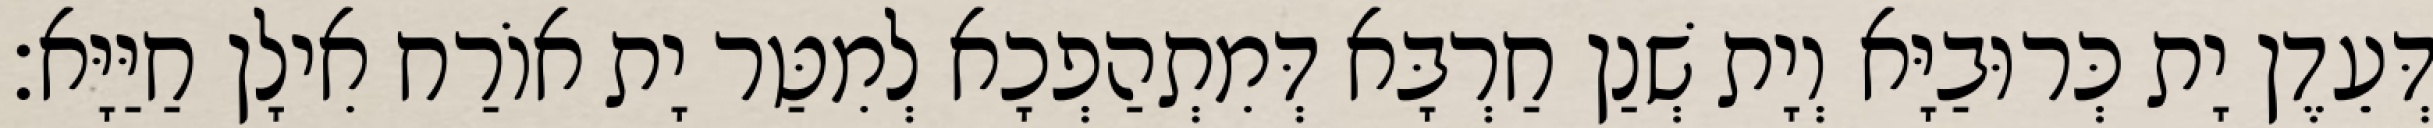
דְּעֵדֶן יָת כְּרוּבַיָּא וְיָת שְׁנַן חַרְבָּא דְּמִתְהַפְכָא לְמִטַּר יָת אוֹרַח אִילָן חַיַּיָּא׃